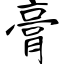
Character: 膏